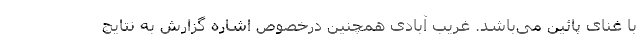
با غنای پائین می‌باشد. غریب آبادی همچنین درخصوص اشاره گزارش به نتایج